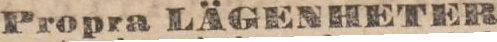
Propra LÄGENHETER